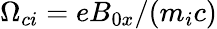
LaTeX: \Omega_{ci}=eB_{0x}/(m_{i}c)